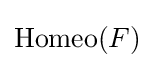
\operatorname {Homeo} (F)